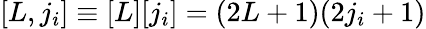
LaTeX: [L,j_{i}]\equiv[L][j_{i}]=(2L+1)(2j_{i}+1)